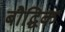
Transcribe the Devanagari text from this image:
बौद्घिक